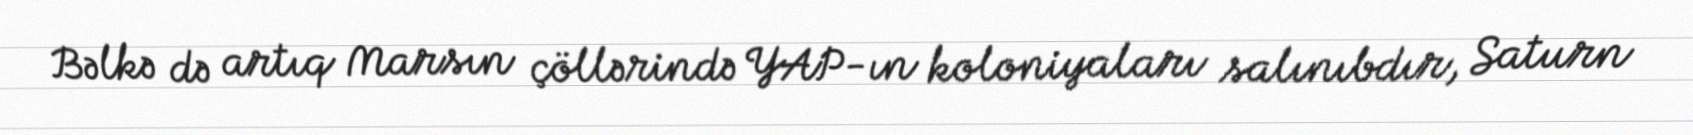
Bəlkə də artıq Marsın çöllərində YAP-ın koloniyaları salınıbdır, Saturn